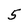
Character: 5